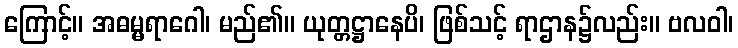
ကြောင့်။ အဓမ္မရာဂေါ၊ မည်၏။ ယုတ္တဋ္ဌာနေပိ၊ ဖြစ်သင့် ရာဌာန၌လည်း။ ဗလဝါ၊